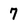
Character: 7